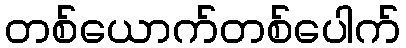
တစ်ယောက်တစ်ပေါက်